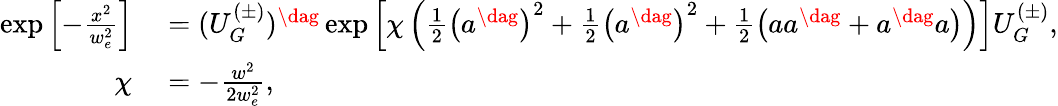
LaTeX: \begin{array}{rl}{\exp\left[-\frac{x^{2}}{w_{e}^{2}}\right]}&{{}=(U_{G}^{(\pm)})^{\dag}\exp\left[\chi\left(\frac{1}{2}\left(a^{\dag}\right)^{2}+\frac{1}{2}\left(a^{\dag}\right)^{2}+\frac{1}{2}\left(aa^{\dag}+a^{\dag}a\right)\right)\right]U_{G}^{(\pm)},}\\ {\chi}&{{}=-\frac{w^{2}}{2w_{e}^{2}},}\end{array}